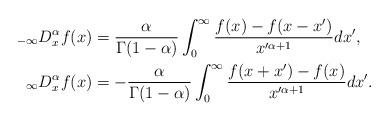
LaTeX: \begin{align*}_{-\infty}D_{x}^{\alpha}f(x) & =\frac{\alpha}{\Gamma(1-\alpha)}\int_{0}^{\infty}\frac{f(x)-f(x-x^{\prime})}{x^{\prime\alpha+1}}dx^{\prime},\\_{\infty}D_{x}^{\alpha}f(x) & =-\frac{\alpha}{\Gamma(1-\alpha)}\int_{0}^{\infty}\frac{f(x+x^{\prime})-f(x)}{x^{\prime\alpha+1}}dx^{\prime}.\end{align*}